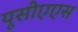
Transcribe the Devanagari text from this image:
यूसीएएस